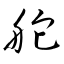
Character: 舵